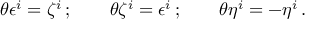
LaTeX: \theta \epsilon ^ { i } = \zeta ^ { i } \, ; \qquad \theta \zeta ^ { i } = \epsilon ^ { i } \, ; \qquad \theta \eta ^ { i } = - \eta ^ { i } \, .